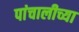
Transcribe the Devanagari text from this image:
पांचालीच्या